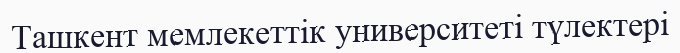
Ташкент мемлекеттік университеті түлектері